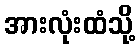
အားလုံးထံသို့